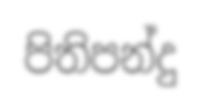
පිතිපන්දු